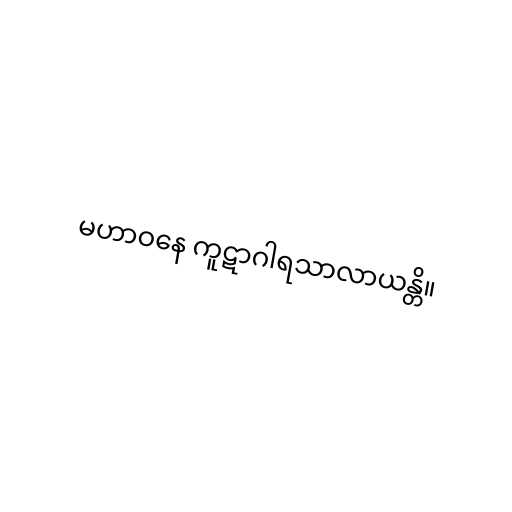
မဟာဝနေ ကူဋာဂါရသာလာယန္တိ။